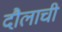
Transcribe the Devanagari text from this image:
दौलाची